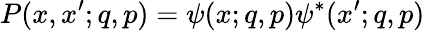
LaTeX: P(x,x^{\prime};q,p)=\psi(x;q,p)\psi^{*}(x^{\prime};q,p)